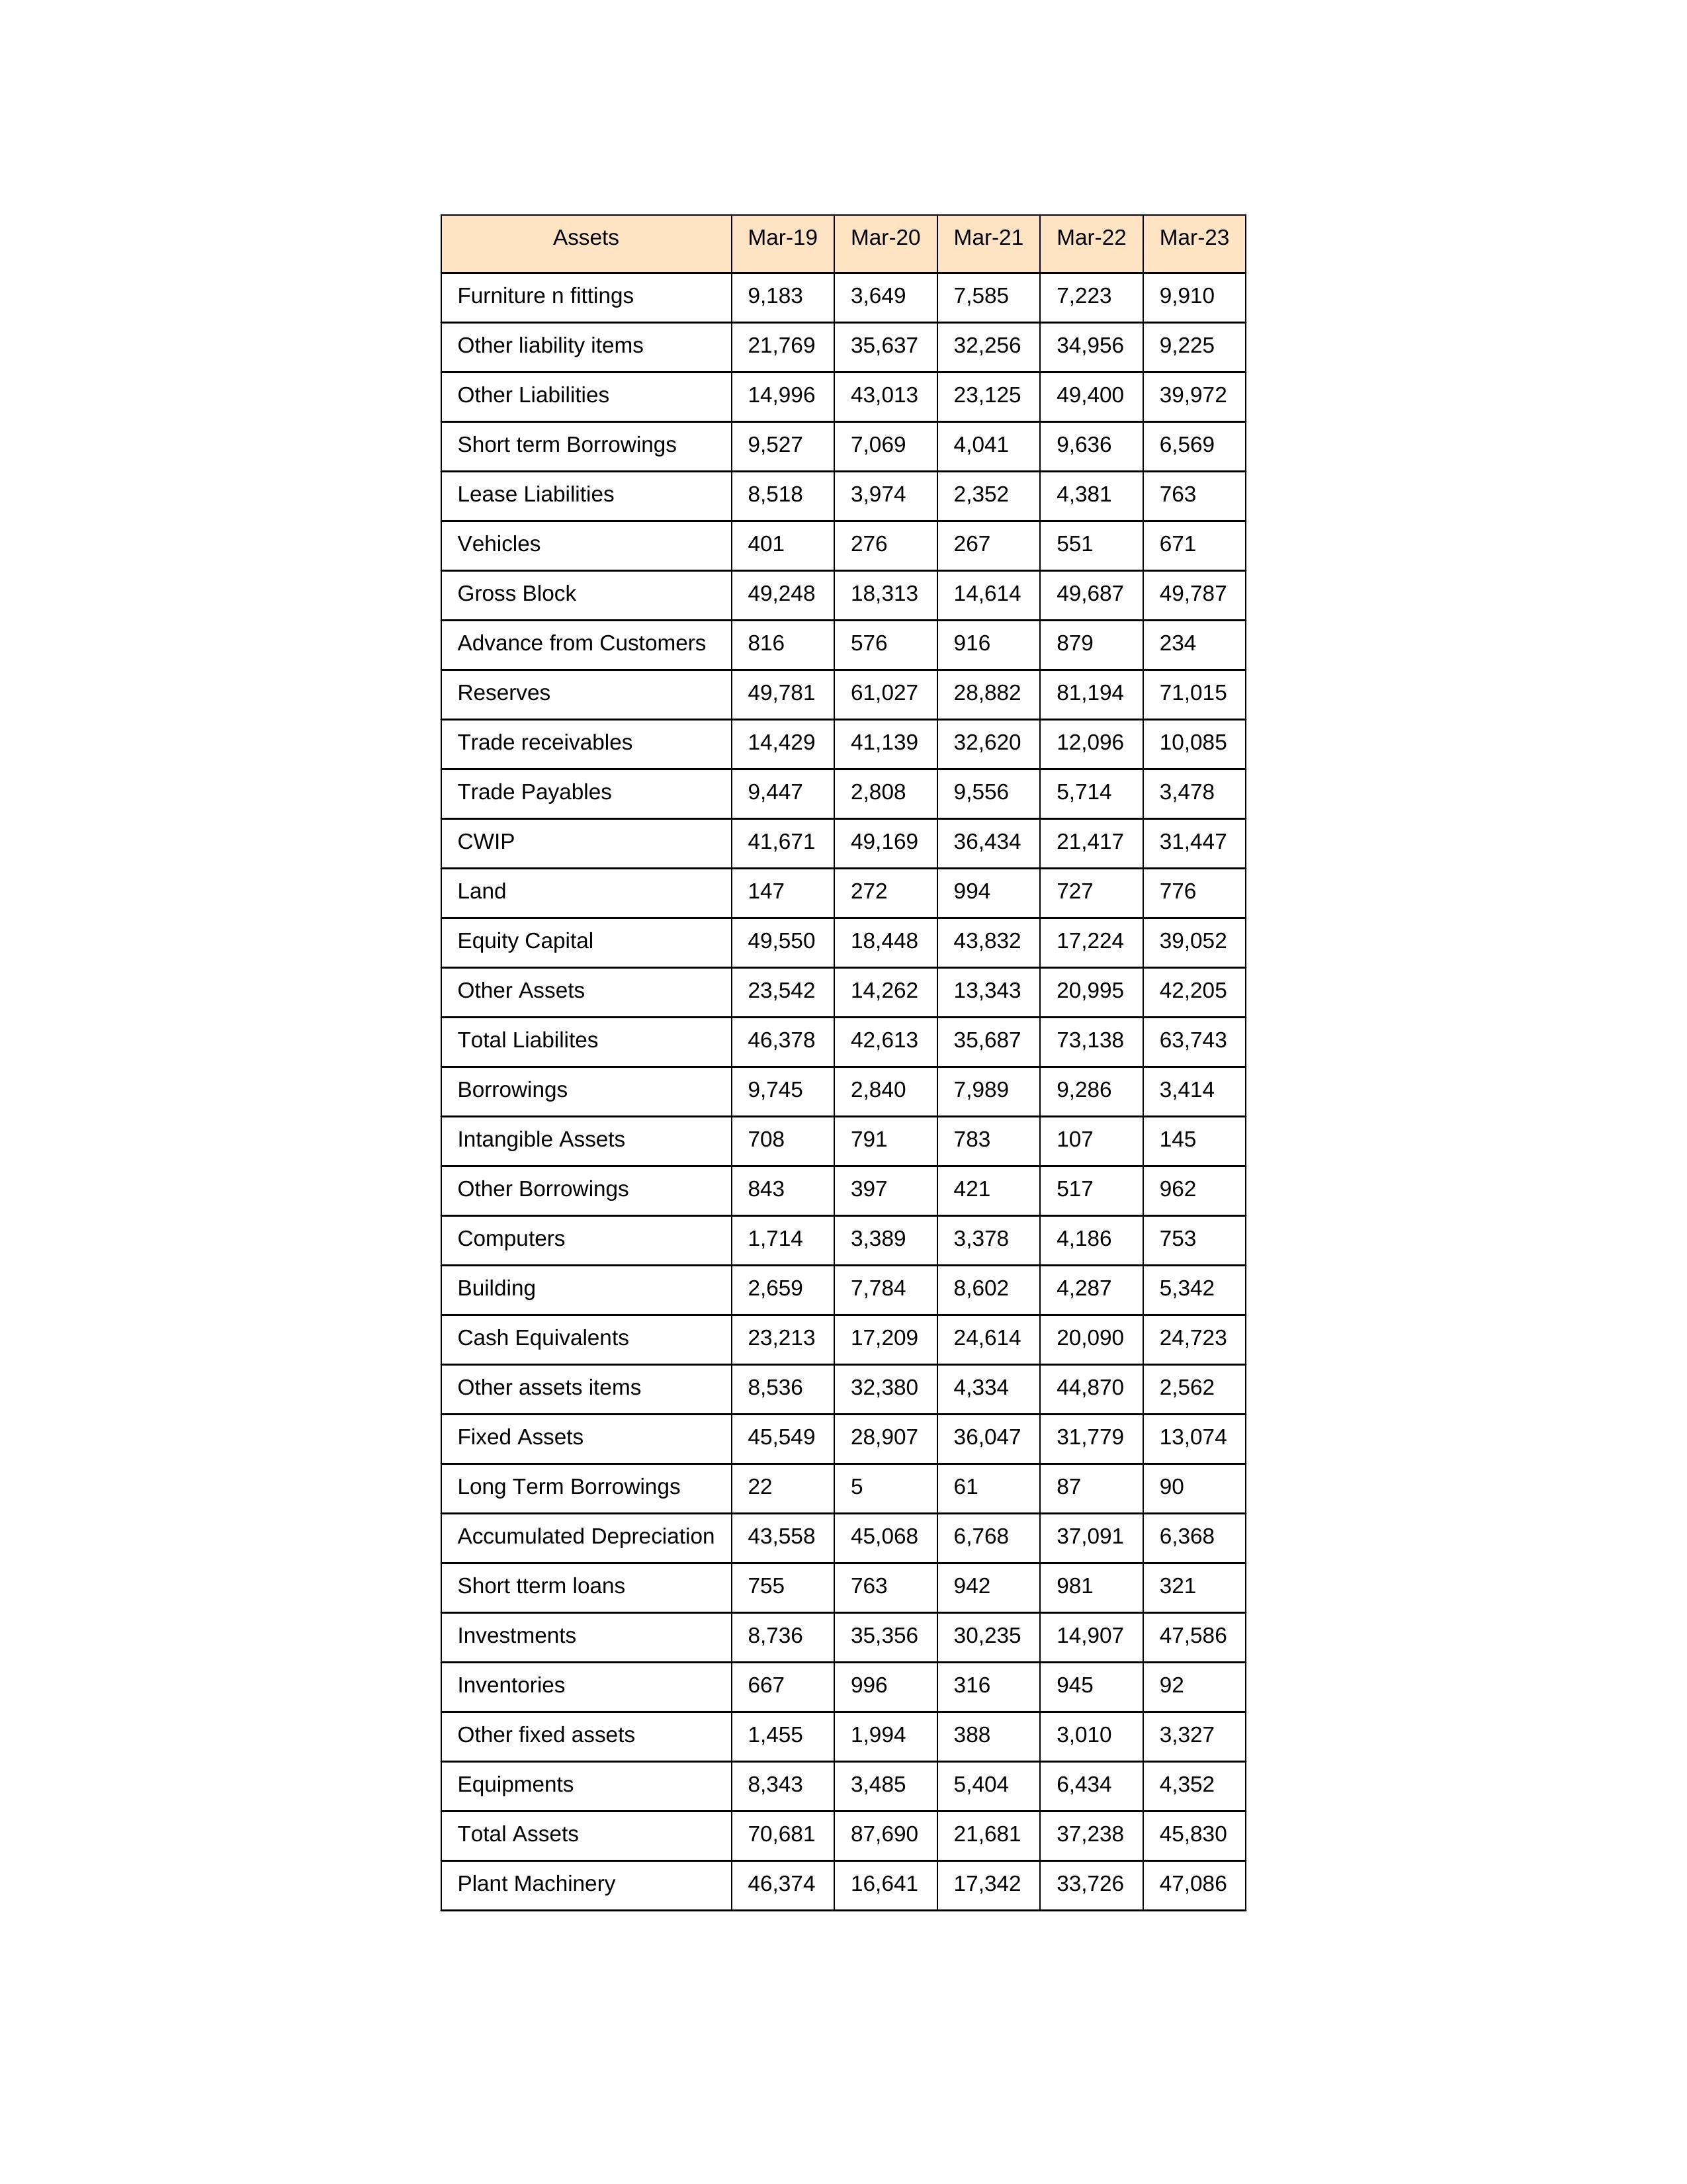
gt_parse: Mar-19: Equity Capital: 49,550
Reserves: 49,781
Borrowings: 9,745
Long Term Borrowings: 22
Short term Borrowings: 9,527
Lease Liabilities: 8,518
Other Borrowings: 843
Other Liabilities: 14,996
Trade Payables: 9,447
Advance from Customers: 816
Other liability items: 21,769
Total Liabilites: 46,378
Fixed Assets: 45,549
Land: 147
Building: 2,659
Plant Machinery: 46,374
Equipments: 8,343
Computers: 1,714
Furniture n fittings: 9,183
Vehicles: 401
Intangible Assets: 708
Other fixed assets: 1,455
Gross Block: 49,248
Accumulated Depreciation: 43,558
CWIP: 41,671
Investments: 8,736
Other Assets: 23,542
Inventories: 667
Trade receivables: 14,429
Cash Equivalents: 23,213
Short tterm loans: 755
Other assets items: 8,536
Total Assets: 70,681
Mar-20: Equity Capital: 18,448
Reserves: 61,027
Borrowings: 2,840
Long Term Borrowings: 5
Short term Borrowings: 7,069
Lease Liabilities: 3,974
Other Borrowings: 397
Other Liabilities: 43,013
Trade Payables: 2,808
Advance from Customers: 576
Other liability items: 35,637
Total Liabilites: 42,613
Fixed Assets: 28,907
Land: 272
Building: 7,784
Plant Machinery: 16,641
Equipments: 3,485
Computers: 3,389
Furniture n fittings: 3,649
Vehicles: 276
Intangible Assets: 791
Other fixed assets: 1,994
Gross Block: 18,313
Accumulated Depreciation: 45,068
CWIP: 49,169
Investments: 35,356
Other Assets: 14,262
Inventories: 996
Trade receivables: 41,139
Cash Equivalents: 17,209
Short tterm loans: 763
Other assets items: 32,380
Total Assets: 87,690
Mar-21: Equity Capital: 43,832
Reserves: 28,882
Borrowings: 7,989
Long Term Borrowings: 61
Short term Borrowings: 4,041
Lease Liabilities: 2,352
Other Borrowings: 421
Other Liabilities: 23,125
Trade Payables: 9,556
Advance from Customers: 916
Other liability items: 32,256
Total Liabilites: 35,687
Fixed Assets: 36,047
Land: 994
Building: 8,602
Plant Machinery: 17,342
Equipments: 5,404
Computers: 3,378
Furniture n fittings: 7,585
Vehicles: 267
Intangible Assets: 783
Other fixed assets: 388
Gross Block: 14,614
Accumulated Depreciation: 6,768
CWIP: 36,434
Investments: 30,235
Other Assets: 13,343
Inventories: 316
Trade receivables: 32,620
Cash Equivalents: 24,614
Short tterm loans: 942
Other assets items: 4,334
Total Assets: 21,681
Mar-22: Equity Capital: 17,224
Reserves: 81,194
Borrowings: 9,286
Long Term Borrowings: 87
Short term Borrowings: 9,636
Lease Liabilities: 4,381
Other Borrowings: 517
Other Liabilities: 49,400
Trade Payables: 5,714
Advance from Customers: 879
Other liability items: 34,956
Total Liabilites: 73,138
Fixed Assets: 31,779
Land: 727
Building: 4,287
Plant Machinery: 33,726
Equipments: 6,434
Computers: 4,186
Furniture n fittings: 7,223
Vehicles: 551
Intangible Assets: 107
Other fixed assets: 3,010
Gross Block: 49,687
Accumulated Depreciation: 37,091
CWIP: 21,417
Investments: 14,907
Other Assets: 20,995
Inventories: 945
Trade receivables: 12,096
Cash Equivalents: 20,090
Short tterm loans: 981
Other assets items: 44,870
Total Assets: 37,238
Mar-23: Equity Capital: 39,052
Reserves: 71,015
Borrowings: 3,414
Long Term Borrowings: 90
Short term Borrowings: 6,569
Lease Liabilities: 763
Other Borrowings: 962
Other Liabilities: 39,972
Trade Payables: 3,478
Advance from Customers: 234
Other liability items: 9,225
Total Liabilites: 63,743
Fixed Assets: 13,074
Land: 776
Building: 5,342
Plant Machinery: 47,086
Equipments: 4,352
Computers: 753
Furniture n fittings: 9,910
Vehicles: 671
Intangible Assets: 145
Other fixed assets: 3,327
Gross Block: 49,787
Accumulated Depreciation: 6,368
CWIP: 31,447
Investments: 47,586
Other Assets: 42,205
Inventories: 92
Trade receivables: 10,085
Cash Equivalents: 24,723
Short tterm loans: 321
Other assets items: 2,562
Total Assets: 45,830